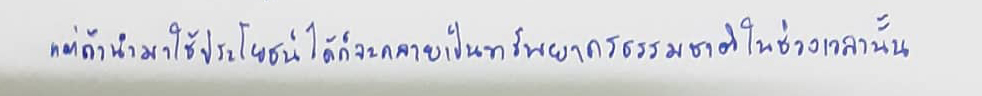
แต่ถ้านำมาใช้ประโยชน์ได้ก็จะกลายเป็นทรัพยากรธรรมชาติในช่วงเวลานั้น